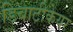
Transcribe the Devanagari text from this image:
डिबाटीकेयर